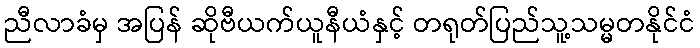
ညီလာခံမှ အပြန် ဆိုဗီယက်ယူနီယံနှင့် တရုတ်ပြည်သူ့သမ္မတနိုင်ငံ